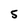
Character: 5